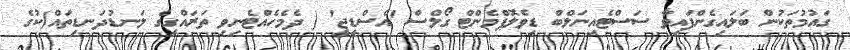
ގައުމުތަކުން ބަލައިގެންފައިވާ ސަަސްޓެއިނަލްބް ޑިވެލޮޕްމެންޓް ގޯލްސް 'އެސްޑީޖީ' ( ދެމެހެއްޓެނިވި ތަރައްގީގެ ލަނޑުދަނޑިތައް)ކުގެ